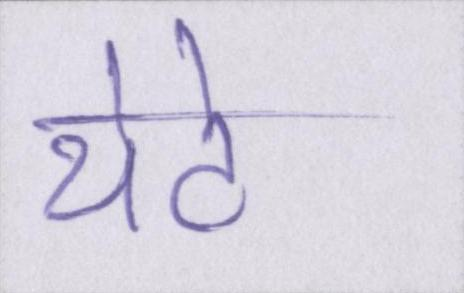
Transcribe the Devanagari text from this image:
थेटे